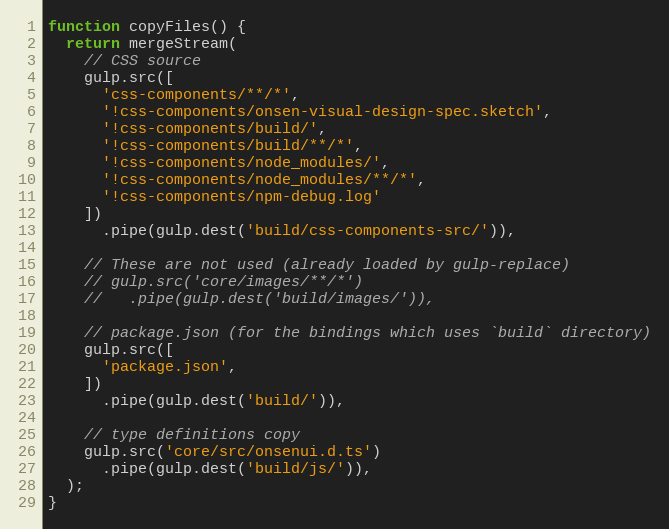
Language: JavaScript
function copyFiles() {
  return mergeStream(
    // CSS source
    gulp.src([
      'css-components/**/*',
      '!css-components/onsen-visual-design-spec.sketch',
      '!css-components/build/',
      '!css-components/build/**/*',
      '!css-components/node_modules/',
      '!css-components/node_modules/**/*',
      '!css-components/npm-debug.log'
    ])
      .pipe(gulp.dest('build/css-components-src/')),

    // These are not used (already loaded by gulp-replace)
    // gulp.src('core/images/**/*')
    //   .pipe(gulp.dest('build/images/')),

    // package.json (for the bindings which uses `build` directory)
    gulp.src([
      'package.json',
    ])
      .pipe(gulp.dest('build/')),

    // type definitions copy
    gulp.src('core/src/onsenui.d.ts')
      .pipe(gulp.dest('build/js/')),
  );
}